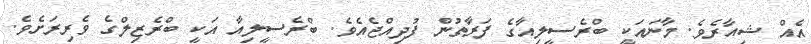
އެއް ޝިއާރެވެ. މާނައަކީ ބްރެސީލިއާގެ ފަރާތުން ފުދިއްޖެއެވެ. ބްރެސީލިއާ އަކީ ބްރެޒިލްގެ ވެރިރަށެވެ.